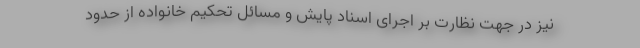
نیز در جهت نظارت بر اجرای اسناد پایش و مسائل تحکیم خانواده از حدود